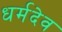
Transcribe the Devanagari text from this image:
धर्मदेव